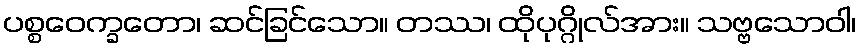
ပစ္စဝေက္ခတော၊ ဆင်ခြင်သော။ တဿ၊ ထိုပုဂ္ဂိုလ်အား။ သဗ္ဗသောဝါ၊